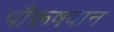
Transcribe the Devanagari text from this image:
पौरूषवान